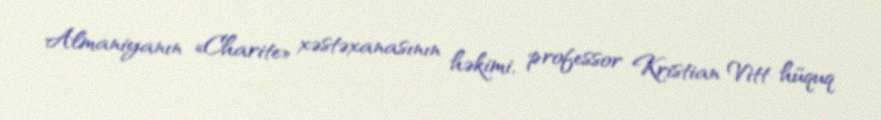
Almaniyanın «Charite» xəstəxanasının həkimi, professor Kristian Vitt hüquq